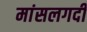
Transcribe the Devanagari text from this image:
मांसलगदी